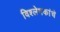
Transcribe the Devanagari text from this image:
विश्लेषकांचे